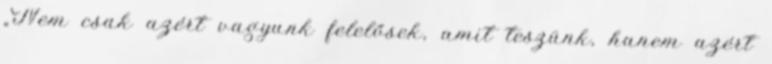
„Nem csak azért vagyunk felelősek, amit teszünk, hanem azért